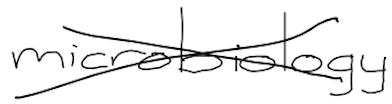
Text: microbiology
Cross-out: cross
Writing tool: digital_black